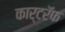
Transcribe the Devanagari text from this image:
कार्टरॅफ